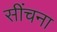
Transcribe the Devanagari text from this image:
सींचना